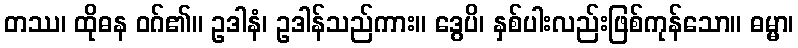
တဿ၊ ထိုဓန ဝဂ်၏။ ဥဒါနံ၊ ဥဒါန်သည်ကား။ ဒွေပိ၊ နှစ်ပါးလည်းဖြစ်ကုန်သော။ ဓမ္မာ၊